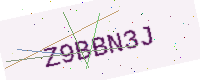
Text: Z9BBN3J